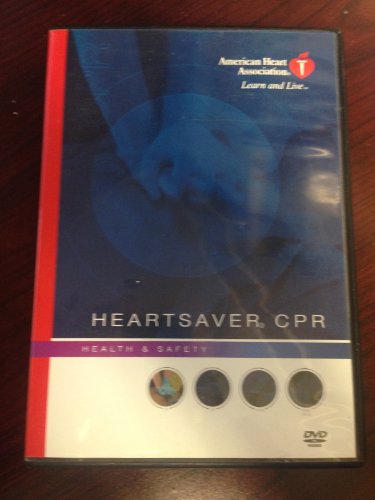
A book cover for Heartsaver CPR: Health & Safety; Health, Fitness & Dieting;